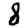
Digit: 8